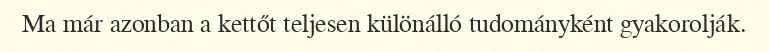
Ma már azonban a kettőt teljesen különálló tudományként gyakorolják.